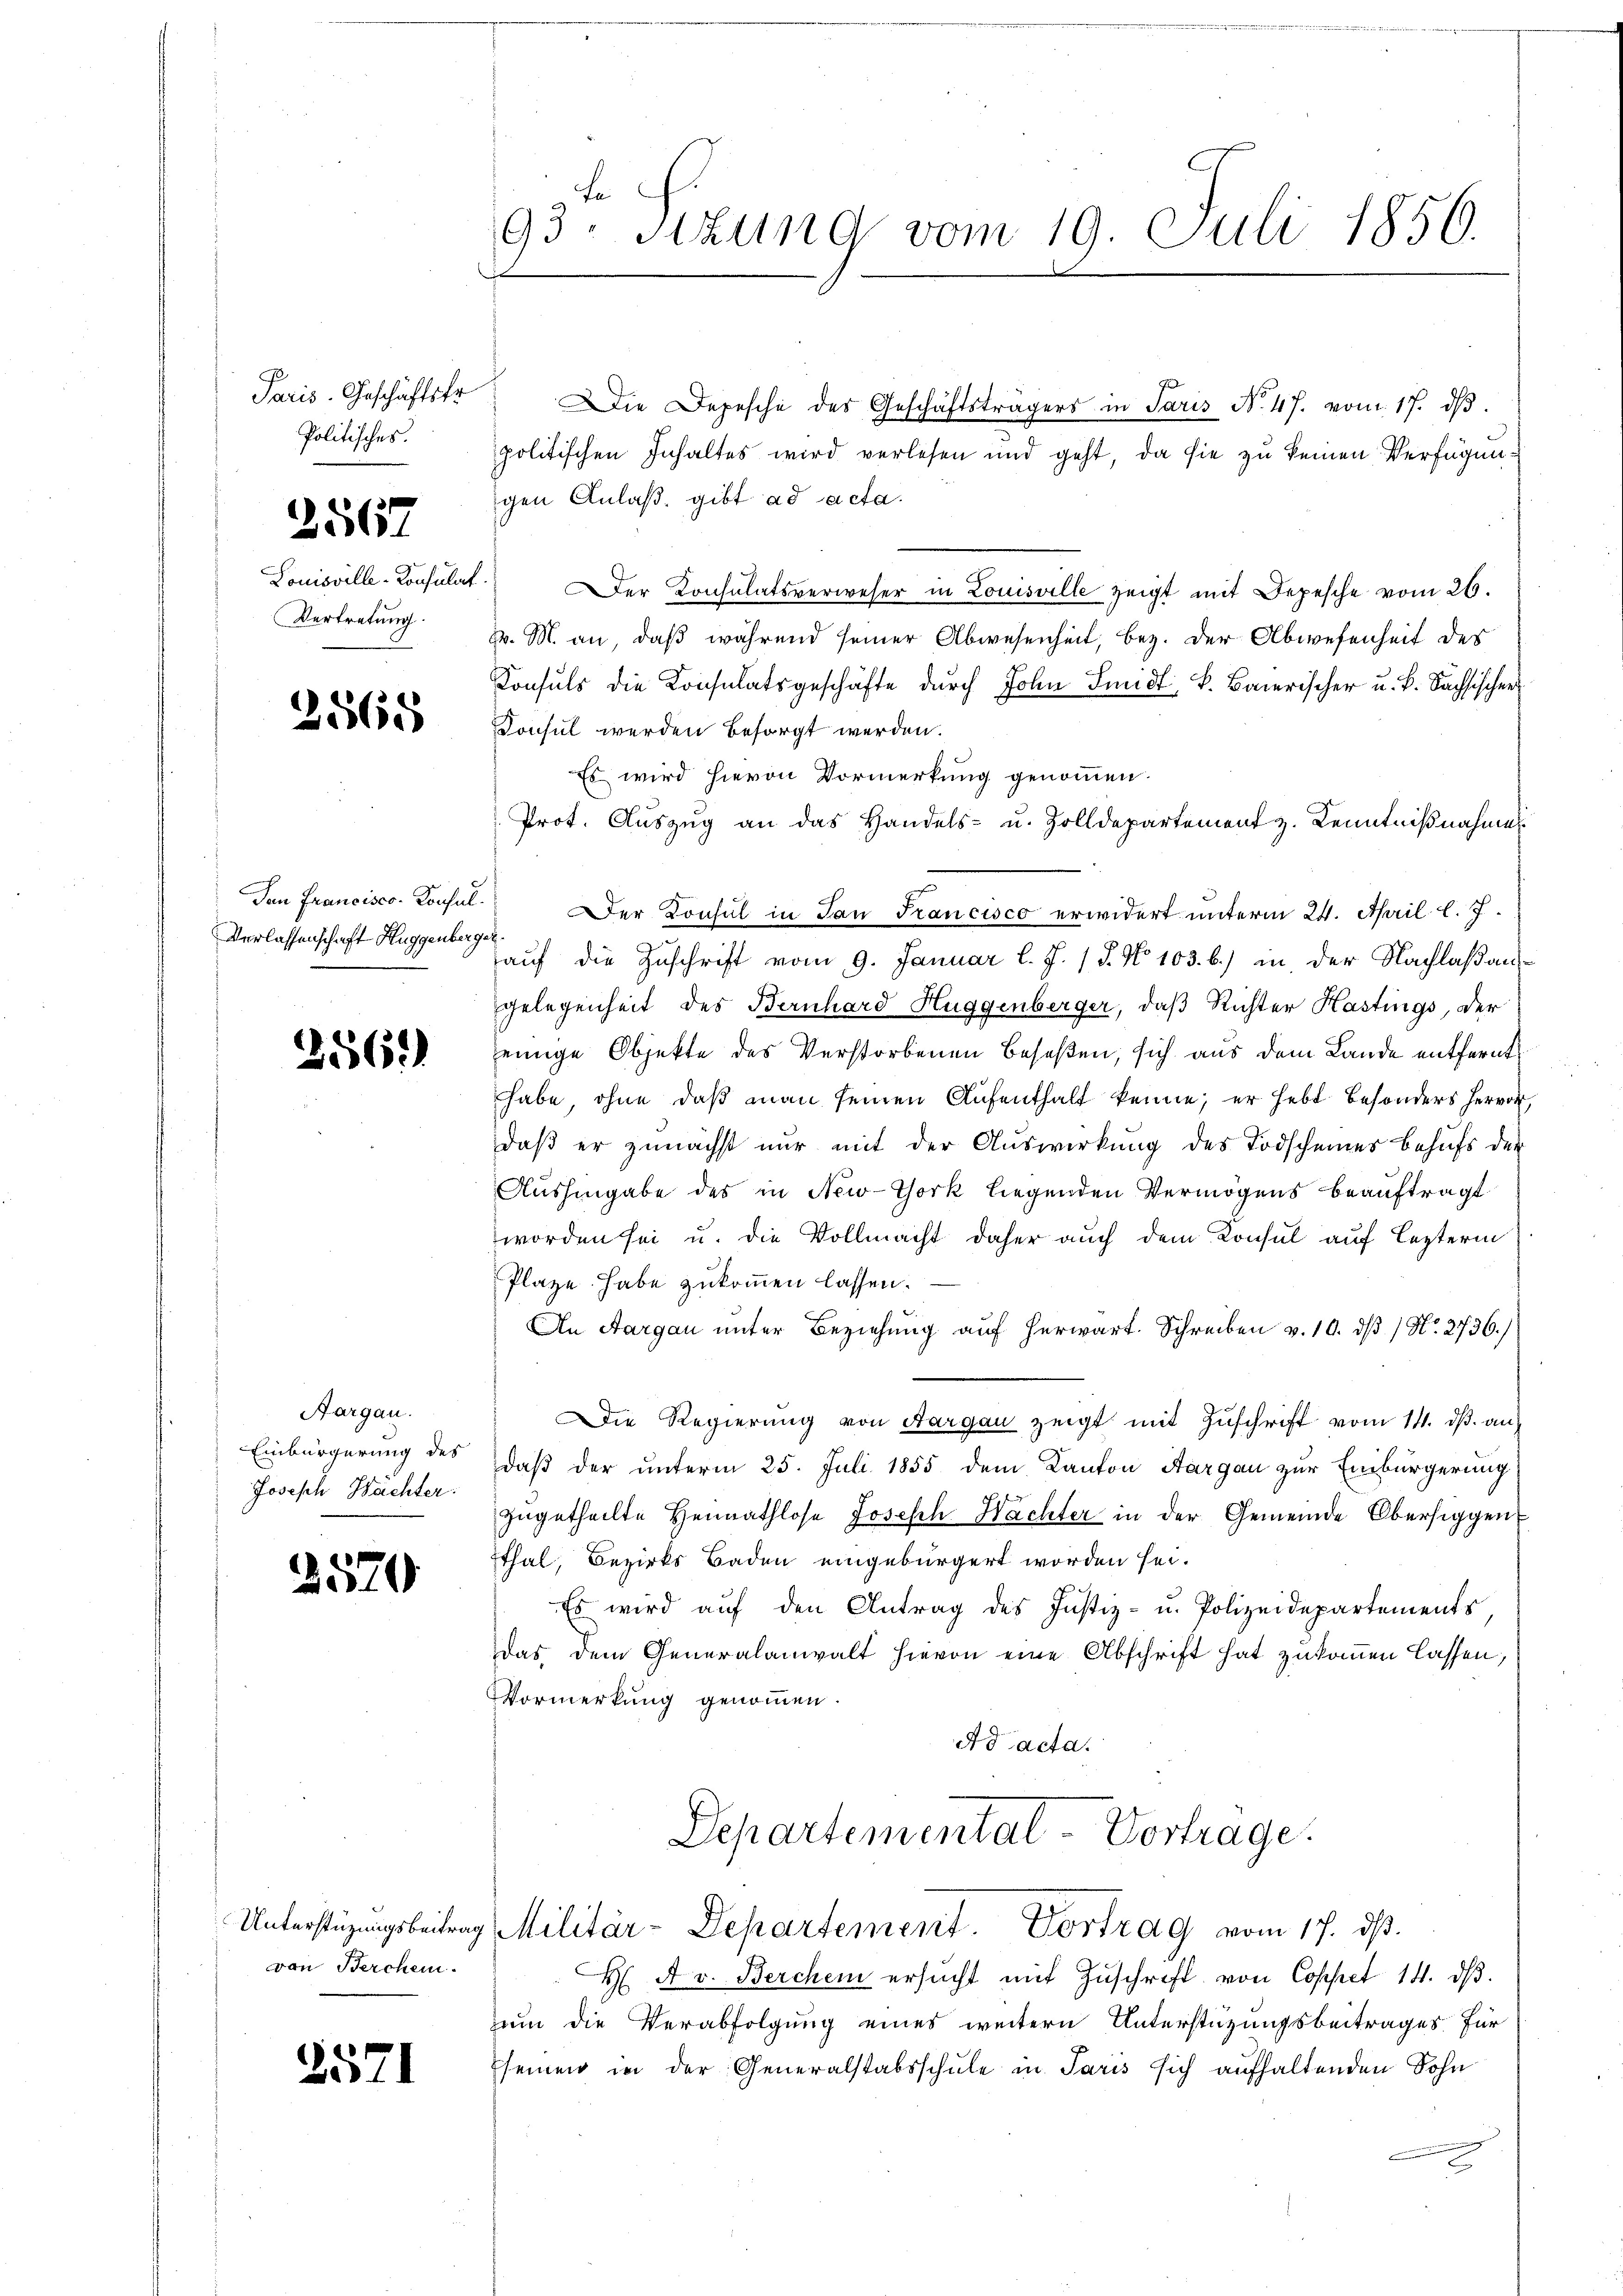
Paris. Geschäftsfr.
Politisches.

2567

Louisville-Konsulat
Vertretung.

2565

San Francisco - Konsul
Verlassenschaft Huggenberg

256.)

Aargau.
Einbürgerung des
Joseph Wachter.

2570

von Berchein.

2571

fe
93: Stzung vom 19. Juli 1856.

Unterstüzungsbeitrag Militär-Departement. Vortrag vom 17. dβ.

Die Depesche des Geschäftsträgers in Paris No 47. vom 17. dβ.
politischen Inhaltes wird verlesen und geht, da sie zu keinen Verfügun¬

gen Anlaß, gibt ad acta.
Der Konsulatsverweser in Louisville zeigt mit Depesche vom 26.
J. M. an, daß während seiner Abwesenheit, bez. der Abwesenheit des
Konsuls die Konsulatsgeschäfte durch John Smidt k. Baierischer u. B. Sachsischer
Konsul werden besorgt werden.
Es wird hievon Vormerkung genommen.
Prot. Auszug an das Handels- u. Zolldepartement z. Kenntnißnahme
er Konsul in dan Francisco erwidert unterm 24. April l. J.
auf die Zuschrift vom 9. Januar l. J. 18. No 103. b.) in der Nachlaß ausgelegenheit des Bernhard Huggenberger, daß Richter Kastings, der
einige Objekte des Verstorbenen beseßen, sich aus dem Lande entfernt
habe, ohne daß man seinen Aufenthalt kenne; er hebt besonders hervor,
daß er zunächst nur mit der Auswirkung des Todscheiner behufs der
Aushingabe des in New-York liegenden Vermögens beauftragt
worden sei u. die Vollmacht daher auch dem Konsul auf Leztermin
Plaze habe zukommen lassen.
An Aargau unter Beziehung auf herwart. Schreiben v. 10. dβ / No. 2736.)
Die Regierŭng von Aargau zeigt mit Zŭschrift vom 14. dβ an
daß der unterm 25. Juli 1855 dem Kanton Aargau zur Einbürgerung
zŭgetheilte Heimathlose Joseph Wachter in der Gemeinde Oberfiggen
Ethal, Bezirks Baden eingebürgert worden sei.
Es wird auf den Antrag des Justiz- u. Polizeidepartements,
das dem Generalanwalt hievon eine Abschrift hat zukommen lassen,
Vormerkung genommen.
A d acta.
Departemental-Vortrage.

H A. v. Berchen ersŭcht mit Zŭschrift von Coppet 14. dβ.
um die Verabfolgung eines weitern Unterstützungsbeitrages für
seinen in der Generalstabsschule in Paris sich aufhaltenden Sohn